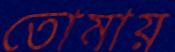
তোমায়